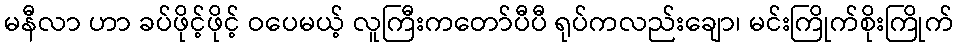
မနီလာ ဟာ ခပ်ဖိုင့်ဖိုင့် ဝပေမယ့် လူကြီးကတော်ပီပီ ရုပ်ကလည်းချော၊ မင်းကြိုက်စိုးကြိုက်